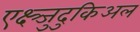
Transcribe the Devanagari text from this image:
एक्ष्त्र्जुदुकिअल